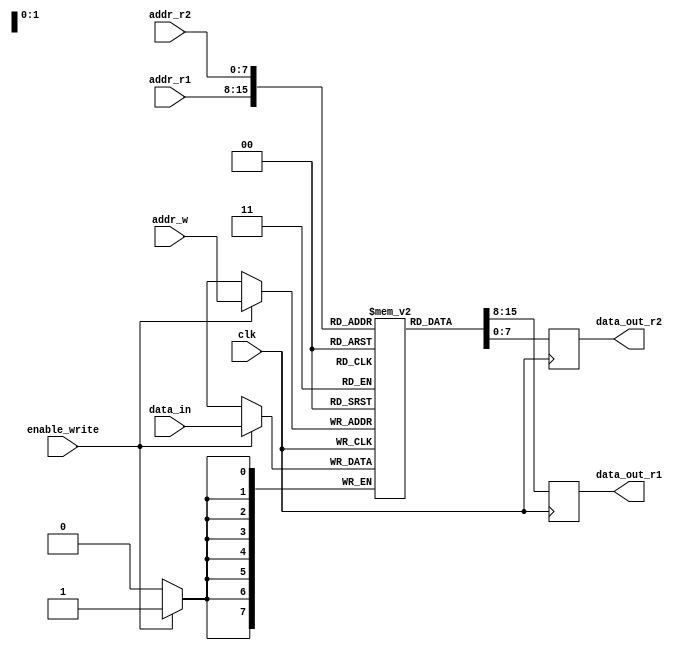
module DualPortRegisterFile (
    input wire clk,
    input wire [7:0] addr_r1,
    input wire [7:0] addr_r2,
    input wire [7:0] addr_w,
    input wire [7:0] data_in,
    input wire enable_write,
    output reg [7:0] data_out_r1,
    output reg [7:0] data_out_r2
);

reg [7:0] memory [0:255];

always @(posedge clk) begin
    if (enable_write) begin
        memory[addr_w] <= data_in;
    end
    data_out_r1 <= memory[addr_r1];
    data_out_r2 <= memory[addr_r2];
end

endmodule